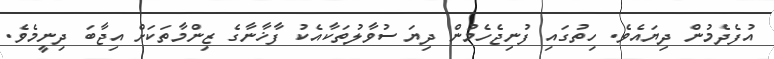
އުފެދެމުން ދިޔައެވެ. ހިތުގައި ފުނިޖެހެމުން ދިޔަ ސުވާލުތަކާއެކު ފާޚާނާގެ ޒިންމާތަކަށް އިޖާބަ ދިނީމެވެ.